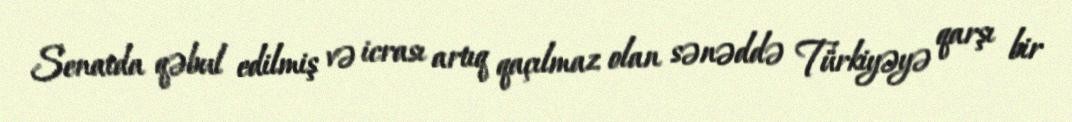
Senatda qəbul edilmiş və icrası artıq qaçılmaz olan sənəddə Türkiyəyə qarşı bir